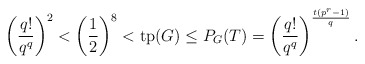
\begin{align*}\left(\frac{q!}{q^q}\right)^2 < \left(\frac{1}{2}\right)^8 < \mathrm{tp}(G) \leq P_G(T) = \left(\frac{q!}{q^q}\right)^{\frac{t(p^r-1)}{q}}. \end{align*}